18_6369445_General_1948_Vol_1
Agency: Department of War
Incident date: 6/15/48
Page 12
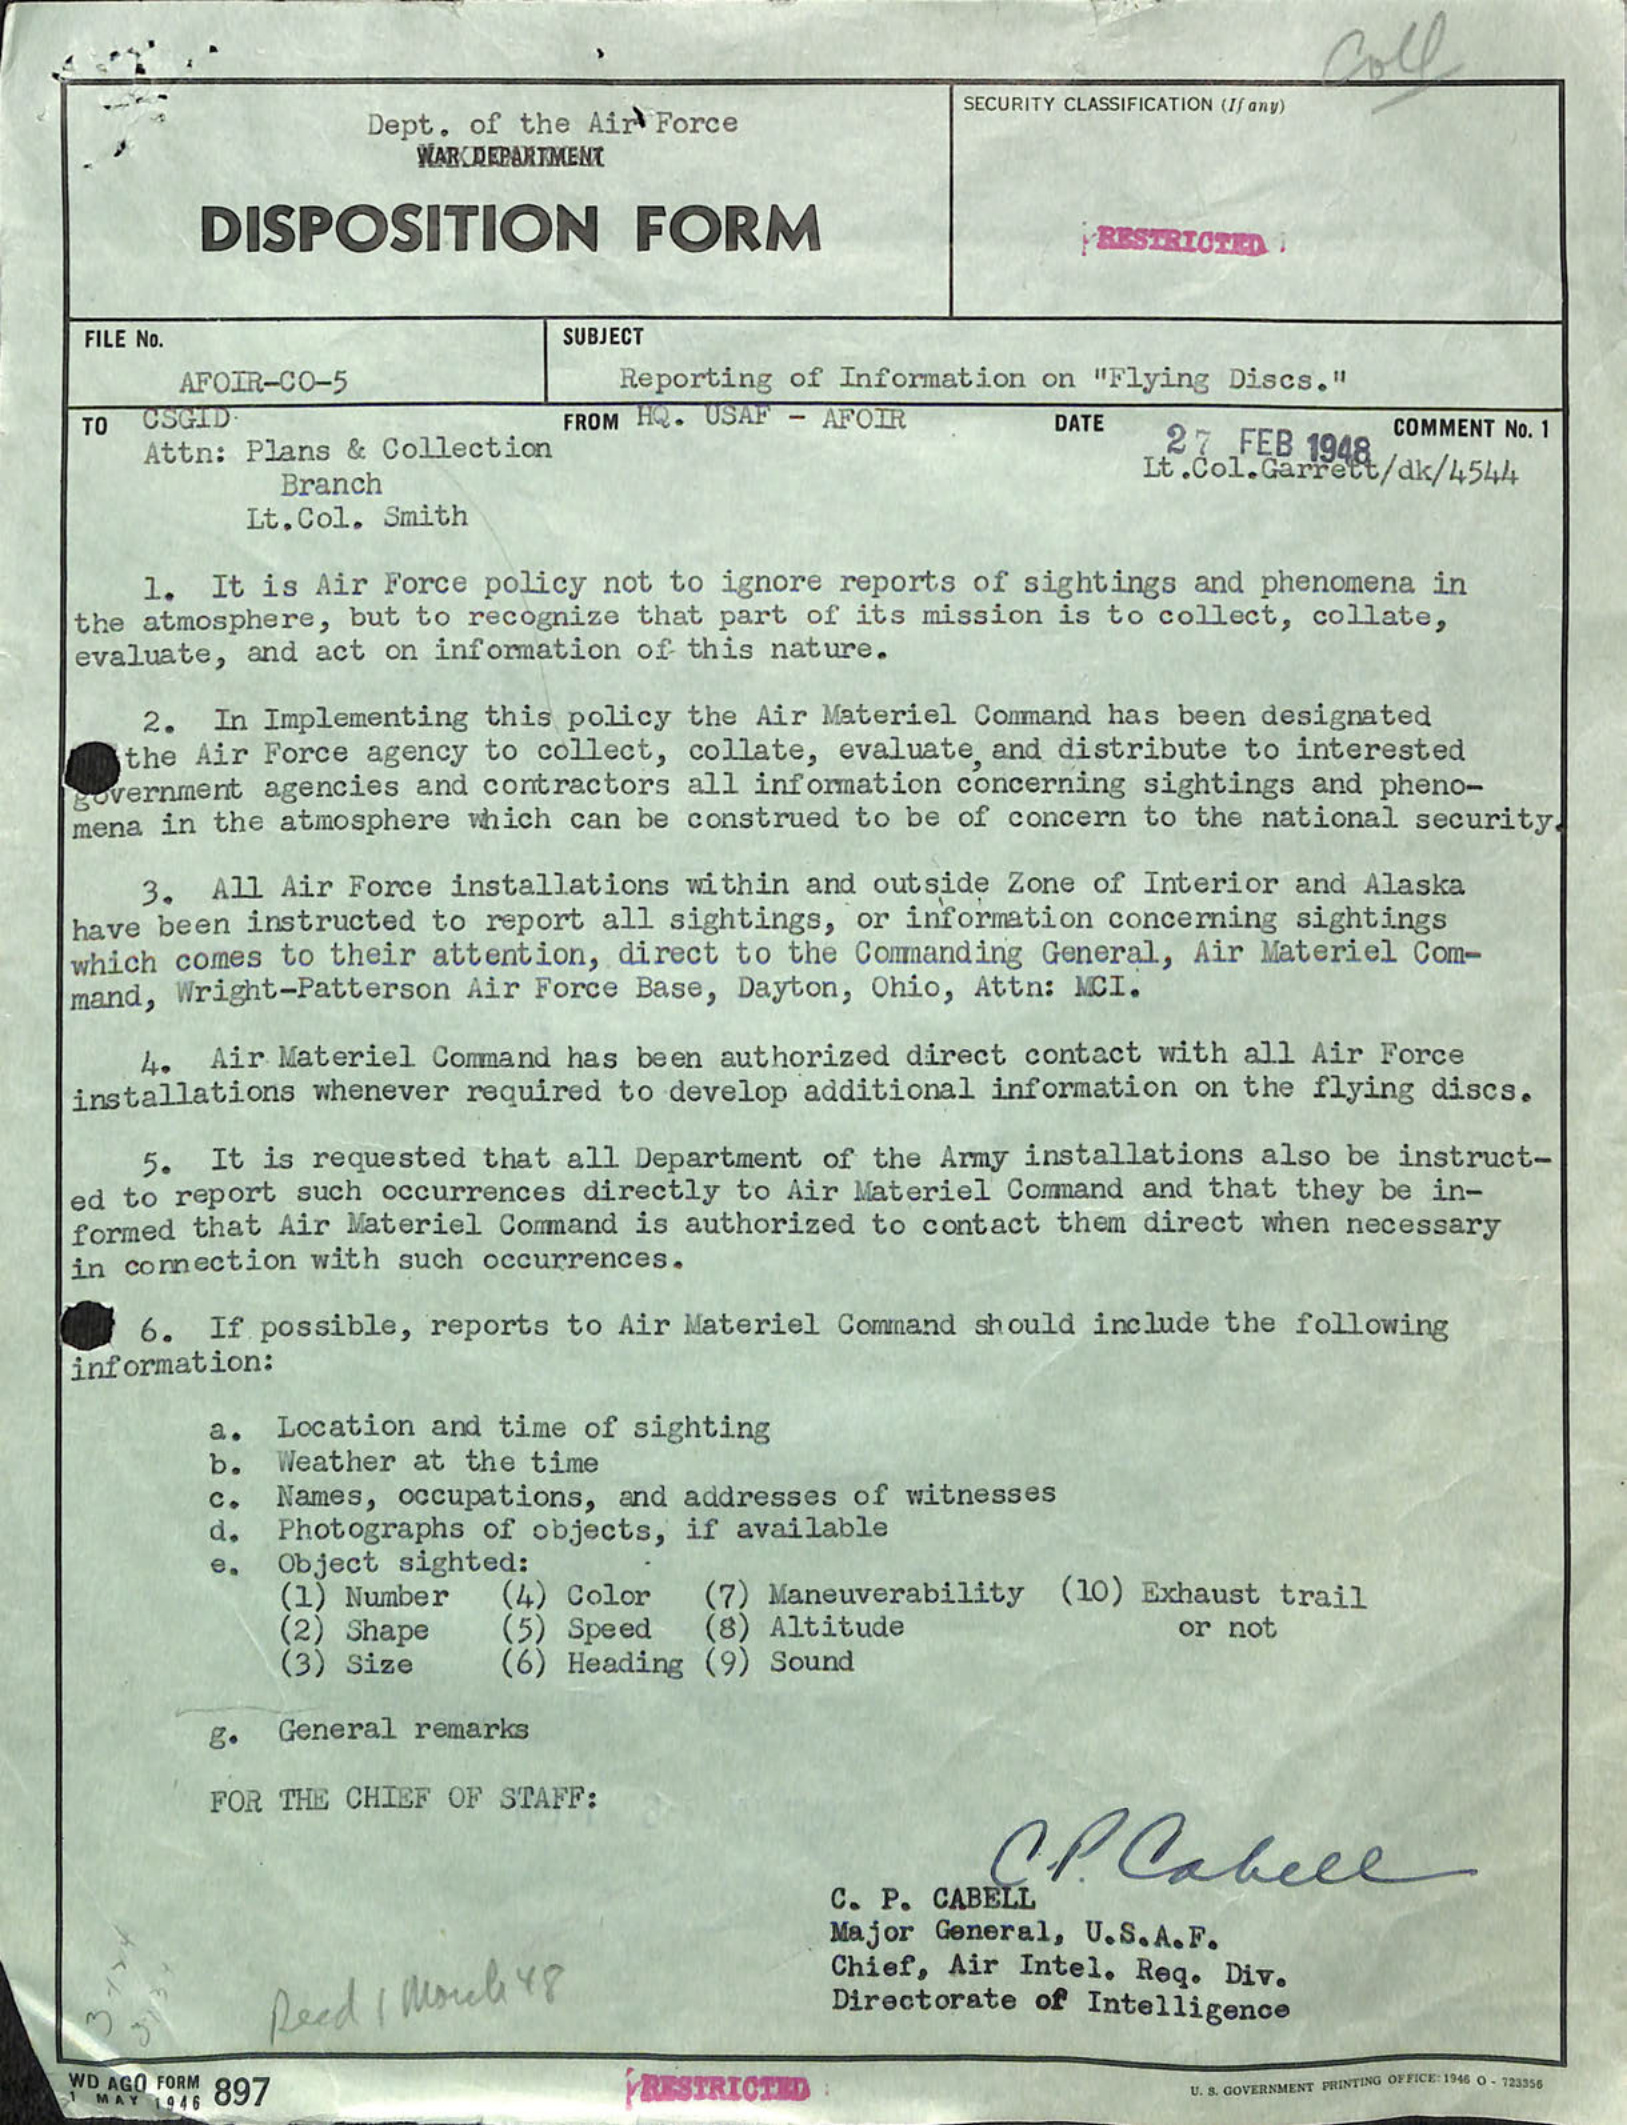